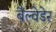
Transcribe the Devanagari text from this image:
बैल्वेडेर